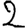
Digit: 2